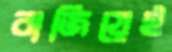
বাজিয়েই